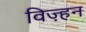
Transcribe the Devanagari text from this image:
विज़्हन